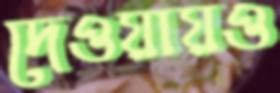
দেওয়ায়ও